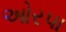
ઓરપા